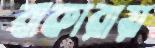
বাকারায়